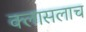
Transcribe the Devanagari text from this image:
क्लासलाच